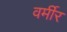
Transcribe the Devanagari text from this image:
वर्मीर